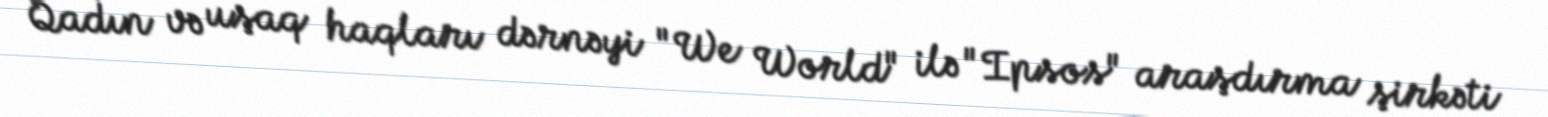
Qadın və uşaq haqları dərnəyi "We World" ilə "Ipsos" araşdırma şirkəti